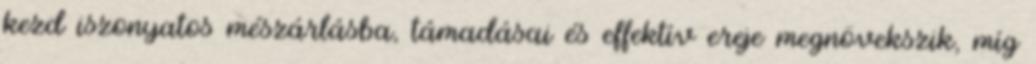
kezd iszonyatos mészárlásba, támadásai és effektív ereje megnövekszik, míg